Report of the Indian Hemp Drugs Commission, 1894-1895 - Volume V
Year: 1894
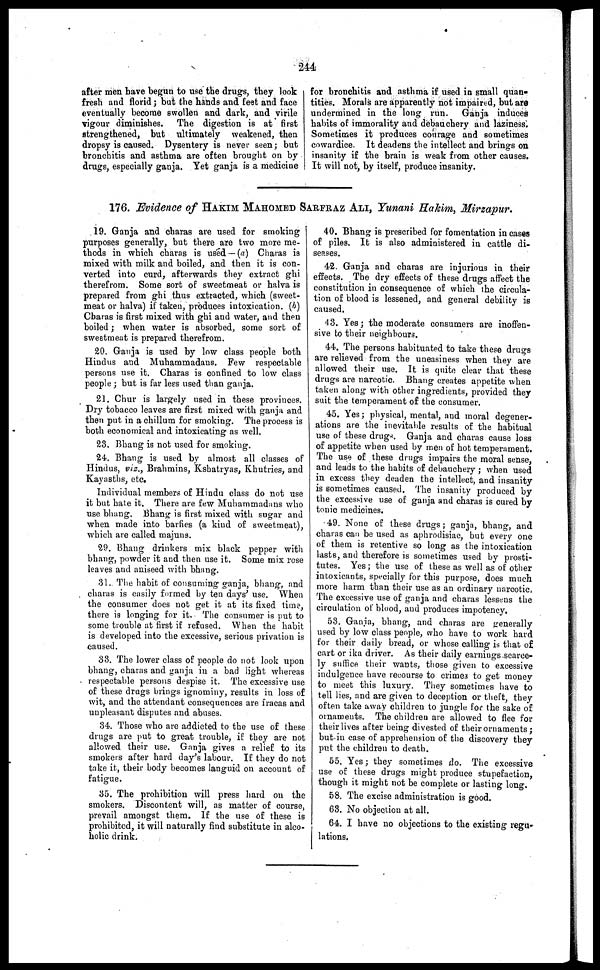
244
after men have begun to use the drugs, they look
fresh and florid ; but the hands and feet and face
eventually become swollen and dark, and virile
vigour diminishes.
The digestion is at first
strengthened, but ultimately weakened, then
dropsy is caused. Dysentery is never seen ; but
bronchitis and asthma are often brought on by
drugs, especially ganja. Yet ganja is a medicine
for bronchitis and asthma if used in small quan-
tities. Morals are apparently not impaired, but are
undermined in the long run.
Ganja induces
habits of immorality and debauchery and laziness.
Sometimes it produces courage and sometimes
cowardice. It deadens the intellect and brings on
insanity if the brain is weak from other causes.
It will not, by itself, produce insanity.
176. Evidence of HAKIM MAHOMED SARFRAZ ALI, Yunani Hakim, Mirzapur.
19. Ganja and charas are used for smoking
purposes generally, but there are two more me-
thods in which charas is used — (a) Charas is
mixed with milk and boiled, and then it is con-
verted into curd, afterwards they extract ghi
therefrom. Some sort of sweetmeat or halva is
prepared from ghi thus extracted, which (sweet-
meat or halva) if taken, produces intoxication. (b)
Charas is first mixed with ghi and water, and then
boiled ; when water is absorbed, some sort of
sweetmeat is prepared therefrom.
20. Ganja is used by low class people both
Hindus and Muhammadans. Few respectable
persons use it. Charas is confined to low class
people ; but is far less used than ganja.
21. Chur is largely used in these provinces.
Dry tobacco leaves are first mixed with ganja and
then put in a chillum for smoking. The process is
both economical and intoxicating as well.
23. Bhang is not used for smoking.
24. Bhang is used by almost all classes of
Hindus, viz., Brahmins, Kshatryas, Khutries, and
Kayasths, etc.
Individual members of Hindu class do not use
it but hate it. There are few Muhammadans who
use bhang. Bhang is first mixed with sugar and
when made into barfies (a kind of sweetmeat),
which are called majuns.
29. Bhang drinkers mix black pepper with
bhang, powder it and then use it. Some mix rose
leaves and aniseed with bhang.
31. The habit of consuming ganja, bhang, and
charas is easily formed by ten days' use. When
the consumer does not get it at its fixed time,
there is longing for it. The consumer is put to
some trouble at first if refused. When the habit
is developed into the excessive, serious privation is
caused.
33. The lower class of people do not look upon
bhang, charas and ganja in a bad light whereas
respectable persons despise it. The excessive use
of these drugs brings ignominy, results in loss of
wit, and the attendant consequences are fracas and
unpleasant disputes and abuses.
34. Those who arc addicted to the use of these
drugs are put to great trouble, if they are not
allowed their use. Ganja gives a relief to its
smokers after hard day's labour. If they do not
take it, their body becomes languid on account of
fatigue.
35. The prohibition will press hard on the
smokers. Discontent will, as matter of course,
prevail amongst them. If the use of these is
prohibited, it will naturally find substitute in alco-
holic drink.
40. Bhang is prescribed for fomentation in cases
of piles. It is also administered in cattle di-
seases.
42. Ganja and charas are injurious in their
effects. The dry effects of these drugs affect the
constitution in consequence of which the circula-
tion of blood is lessened, and general debility is
caused.
43. Yes ; the moderate consumers are inoffen-
sive to their neighbours.
44. The persons habituated to take these drugs
are relieved from the uneasiness when they are
allowed their use. It is quite clear that these
drugs are narcotic. Bhang creates appetite when
taken along with other ingredients, provided they
suit the temperament of the consumer.
45. Yes ; physical, mental, and moral degener-
ations are the inevitable results of the habitual
use of these drugs. Ganja and charas cause loss
of appetite when used by men of hot temperament.
The use of these drugs impairs the moral sense,
and leads to the habits of debauchery ; when used
in excess they deaden the intellect, and insanity
is sometimes caused. The insanity produced by
the excessive use of ganja and charas is cured by
tonic medicines.
49. None of these drugs ; ganja, bhang, and
chains can be used as aphrodisiac, but every one
of them is retentive so long as the intoxication
lasts, and therefore is sometimes used by prosti-
tutes. Yes ; the use of these as well as of other
intoxicants, specially for this purpose, does much
more harm than their use as an ordinary narcotic.
The excessive use of ganja and charas lessens the
circulation of blood, and produces impotency.
53. Ganja, bhang, and charas are generally
used by low class people, who have to work hard
for their daily bread, or whose calling is that of
cart or ika driver. As their daily earnings scarce-
ly suffice their wants, those given to excessive
indulgence have recourse to crimes to get money
to meet this luxury. They sometimes have to
tell lies, and are given to deception or theft, they
often take away children to jungle for the sake of
ornaments. The children are allowed to flee for
their lives after being divested of their ornaments ;
but in case of apprehension of the discovery they
put the children to death.
55. Yes ; they sometimes do. The excessive
use of these drugs might produce stupefaction,
though it might not be complete or lasting long.
58. The excise administration is good.
63. No objection at all.
64. I have no objections to the existing regu-
lations.